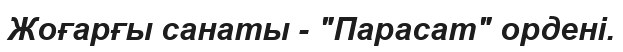
Жоғарғы санаты - "Парасат" ордені.